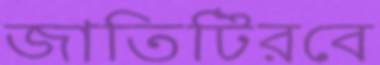
জাতিটিরবে